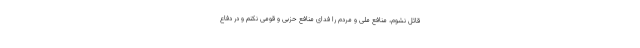
قائل نشوم، منافع ملی و مردم را فدای منافع حزبی و قومی نکنم و در دفاع